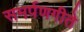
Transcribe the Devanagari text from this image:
समर्पणगीते